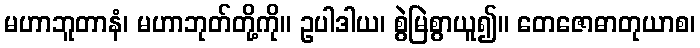
မဟာဘူတာနံ၊ မဟာဘုတ်တို့ကို။ ဥပါဒါယ၊ စွဲမြဲစွာယူ၍။ တေဇောဓာတုယာစ၊